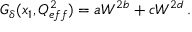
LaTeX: G _ { \delta } ( x _ { 1 } , Q _ { e f f } ^ { 2 } ) = a W ^ { 2 b } + c W ^ { 2 d } \, .